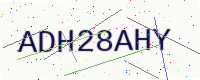
Text: ADH28AHY